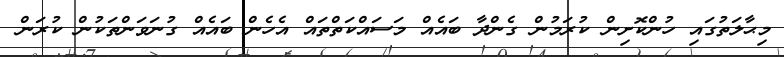
މިޙާލަތުގައި ހުންކޮށިން ކުރަމުން ގެންދާ ބައެއް މަސައްކަތްތައް އެހެން ބައެއް ގުނަވަންތަކުން ކުރަން